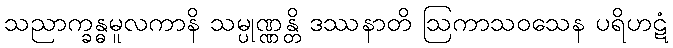
သညာက္ခန္ဓမူလကာနိ သမ္ပုဏ္ဏန္တိ ဒဿနာတိ ဩကာသဝသေန ပရိဟဋံ